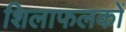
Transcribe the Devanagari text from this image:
शिलाफलकों